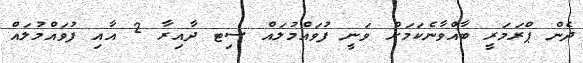
ދެން ޕްރަމަރީ ބާއްވާނެކަމަށް ވަނީ ފުވައްމުލައް ސިޓ ދާއިރާ 2 އާއި ފުވައްމުލައް